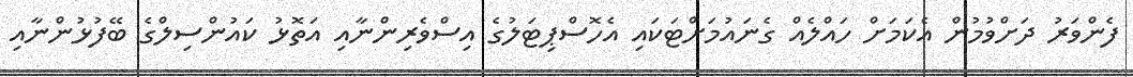
ފެންވަރު ދަށްވުމުން އެކަމަށް ހައްލެއް ގެނައުމަށްޓަކައި އެހޮސްޕިޓަލުގެ އިސްވެރިންނާއި އަތޮޅު ކައުންސިލްގެ ބޭފުޅުންނާއި